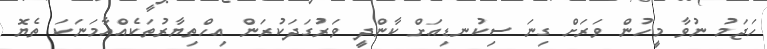
ހަޖަމު ނުވާ މީހުން ވަރަށް ގިނަ ސިކުނޑިއަށް ކާންދީ ވަރުގަދަކުރަން އިހްތިޔާރުތަކެއްއާމަނަކަ ތެޔޮ